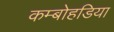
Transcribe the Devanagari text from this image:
कम्बोहडिया